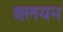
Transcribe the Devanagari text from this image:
बलयन